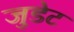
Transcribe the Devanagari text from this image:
जुडेट